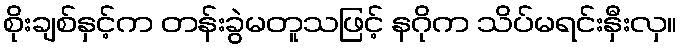
စိုးချစ်နှင့်က တန်းခွဲမတူသဖြင့် နဂိုက သိပ်မရင်းနှီးလှ။